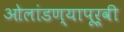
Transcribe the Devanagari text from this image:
ओलांडण्यापूर्वी